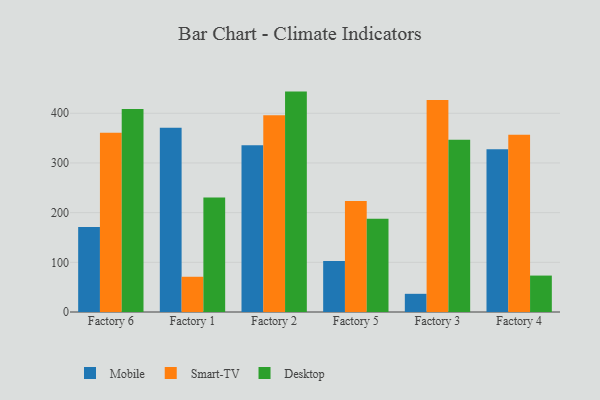
{"axis": {"x": "Factory", "y": "Customer Acquisition Cost (USD)"}, "legend": ["Desktop", "Mobile", "Smart-TV"], "data": [{"x": "Factory 6", "y": 171.2, "type": "Mobile"}, {"x": "Factory 6", "y": 361.0, "type": "Smart-TV"}, {"x": "Factory 6", "y": 408.8, "type": "Desktop"}, {"x": "Factory 1", "y": 370.8, "type": "Mobile"}, {"x": "Factory 1", "y": 70.9, "type": "Smart-TV"}, {"x": "Factory 1", "y": 230.4, "type": "Desktop"}, {"x": "Factory 2", "y": 335.6, "type": "Mobile"}, {"x": "Factory 2", "y": 396.1, "type": "Smart-TV"}, {"x": "Factory 2", "y": 443.6, "type": "Desktop"}, {"x": "Factory 5", "y": 102.7, "type": "Mobile"}, {"x": "Factory 5", "y": 223.5, "type": "Smart-TV"}, {"x": "Factory 5", "y": 187.5, "type": "Desktop"}, {"x": "Factory 3", "y": 36.6, "type": "Mobile"}, {"x": "Factory 3", "y": 426.9, "type": "Smart-TV"}, {"x": "Factory 3", "y": 346.6, "type": "Desktop"}, {"x": "Factory 4", "y": 327.6, "type": "Mobile"}, {"x": "Factory 4", "y": 357.0, "type": "Smart-TV"}, {"x": "Factory 4", "y": 73.3, "type": "Desktop"}]}